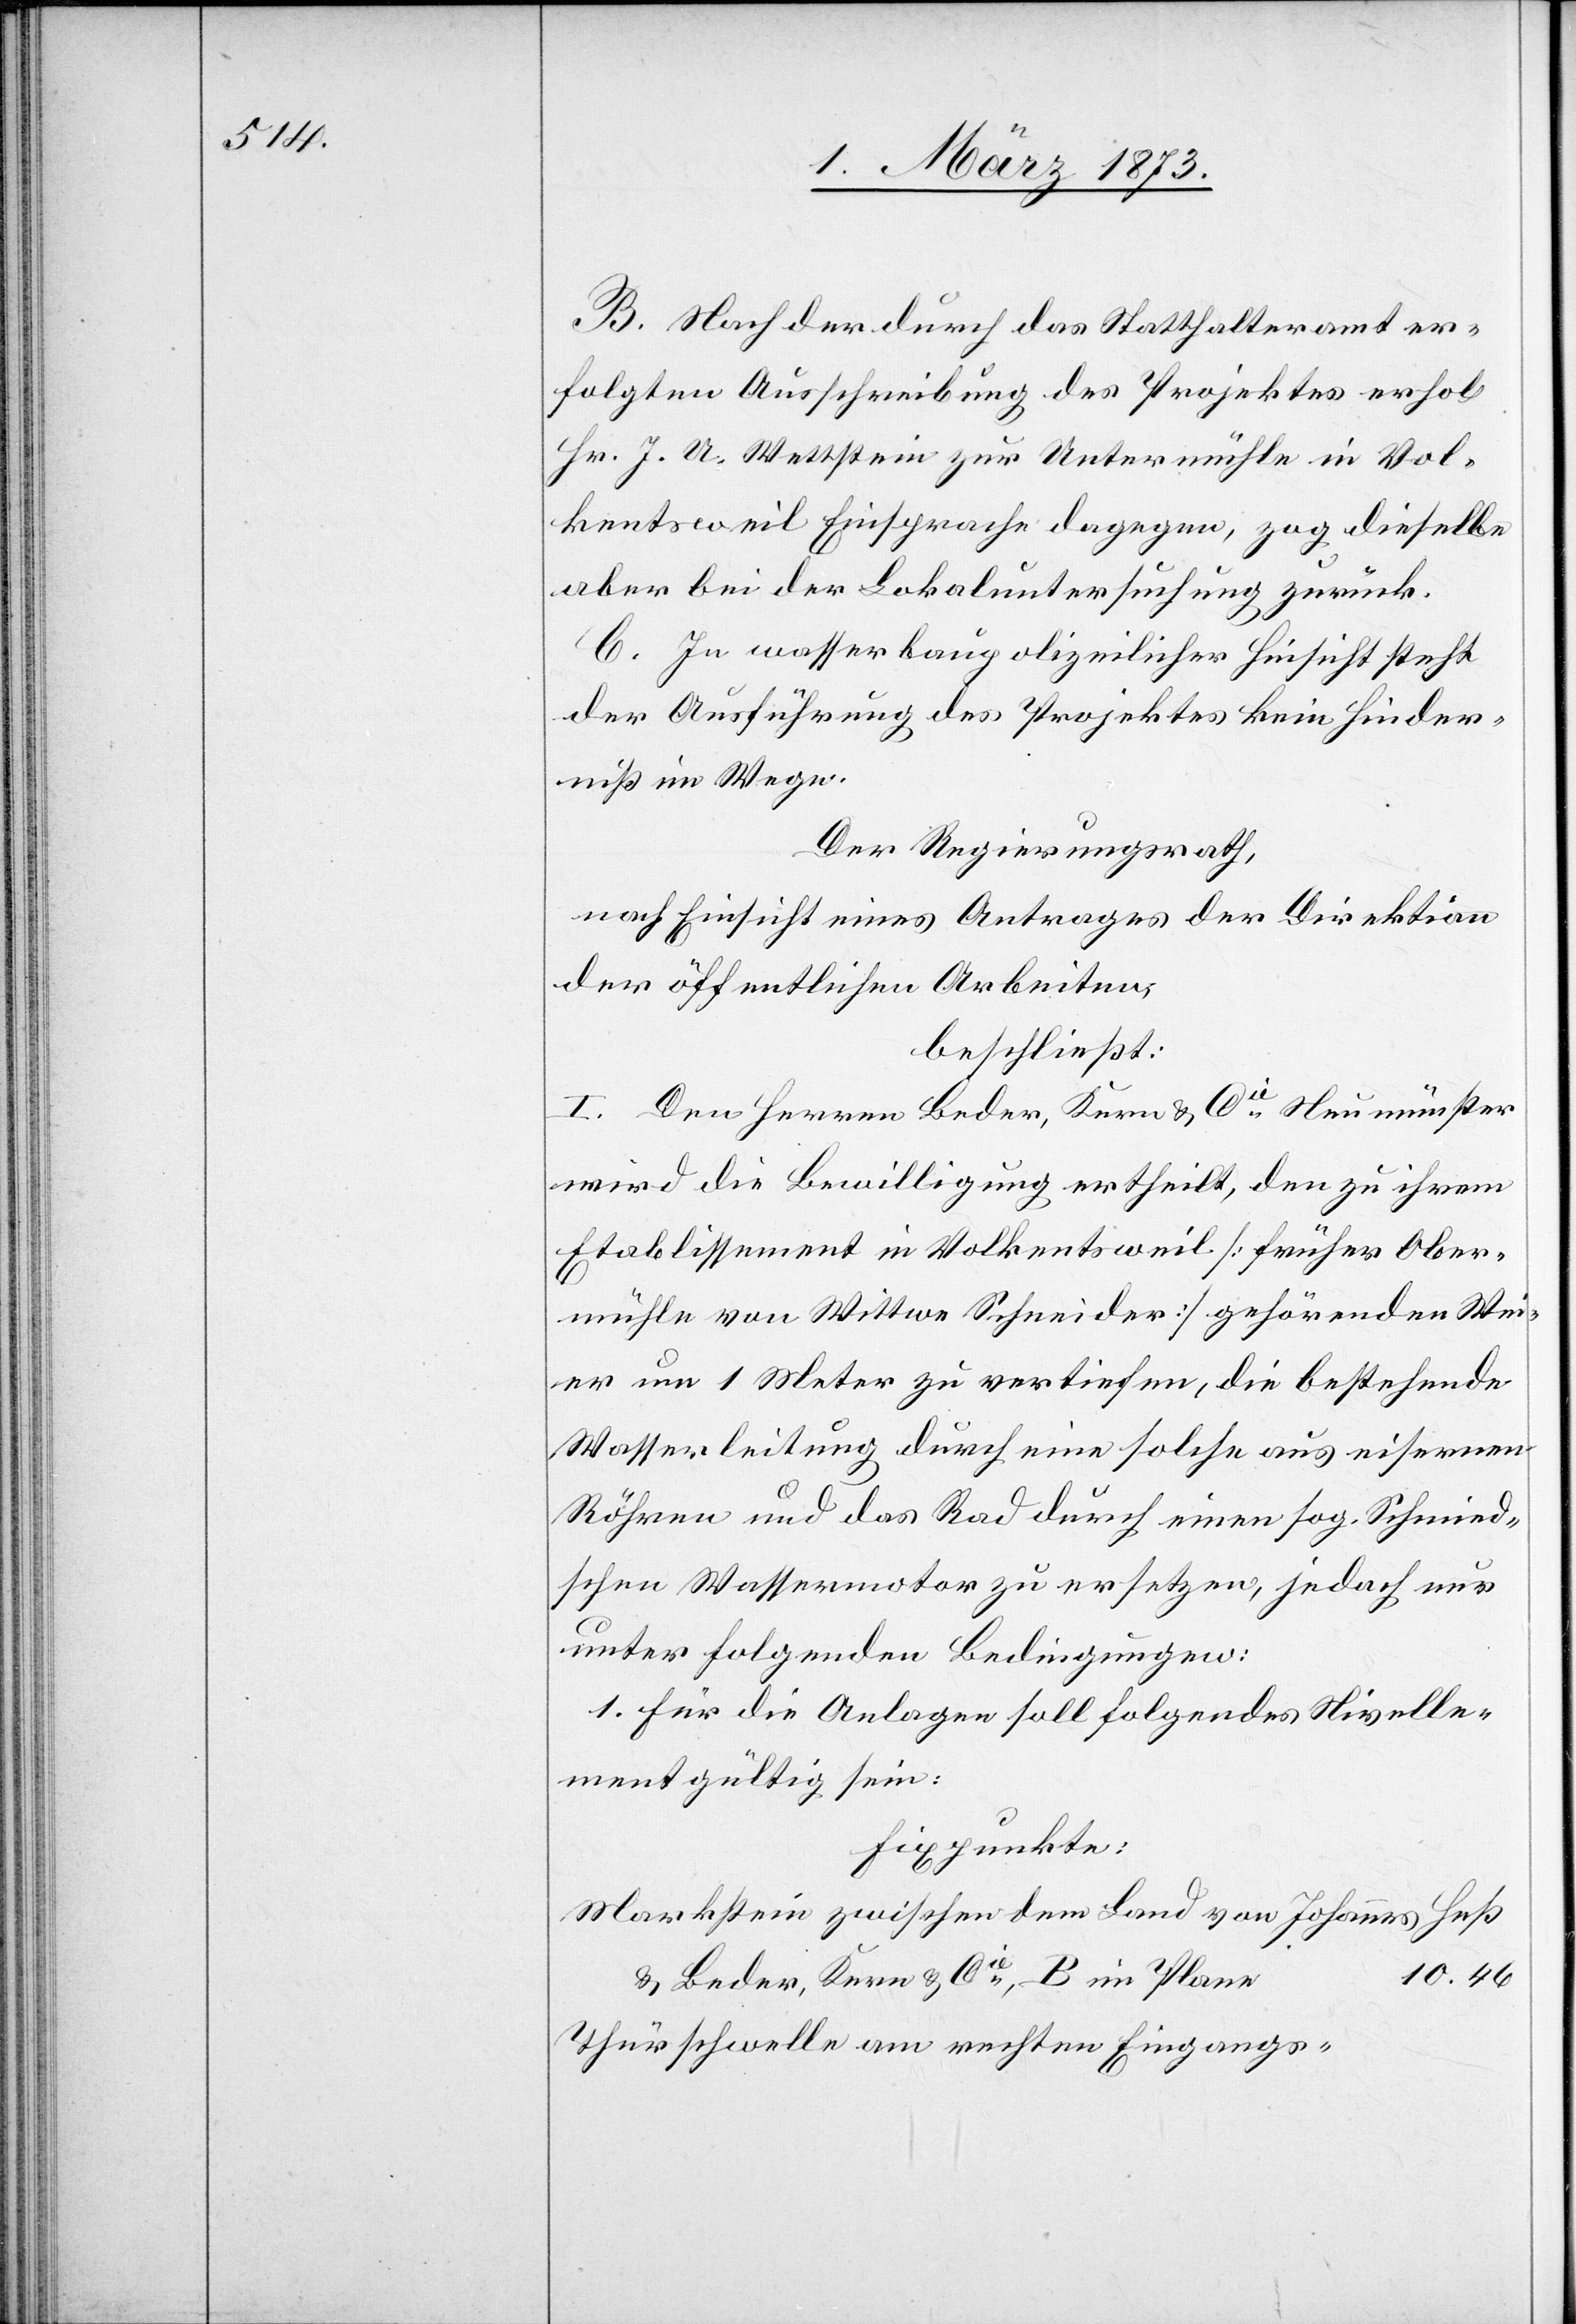
B. Nach der durch das Statthalteramt er¬
folgten Ausschreibung des Projektes erhob
Hr. J. U. Wettstein zur Untermühle in Vol¬
kentsweil Einsprache dagegen, zog dieselbe
aber bei der Lokaluntersuchung zurück.
C. In wasserbaupolizeilicher Hinsicht steht
der Ausführung des Projektes kein Hinder¬
niß im Wege.
Der Regierungsrath,
nach Einsicht eines Antrages der Direktion
der öffentlichen Arbeiten,
beschließt:
I. Den Herren Beder, Kern u. Cie Neumünster
wird die Bewilligung ertheilt, den zu ihrem
Etablissement in Volkentsweil [früher Ober¬
mühle von Wittwe Schneider] gehörenden Wei¬
er um 1 Meter zur vertiefen, die bestehende
Wasserleitung durch eine solche aus eisernen
Röhren und das Rad durch einen sog. Schmied¬
schen Wassermotor zu ersetzen, jedoch nur
unter folgenden Bedingungen:
1. Für die Anlagen soll folgendes Nivelle¬
ment gültig sein:
Fixpunkte:
Markstein zwischen dem Land von Johannes Heß
u. Beder, Kern u. Cie, B im Plane
Thürschwelle am rechten Eingangs-